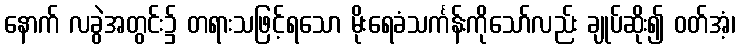
နောက် လခွဲအတွင်း၌ တရားသဖြင့်ရသော မိုးရေခံသင်္ကန်းကိုသော်လည်း ချုပ်ဆိုး၍ ဝတ်အံ့၊